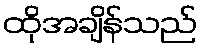
ထိုအချိန်သည်